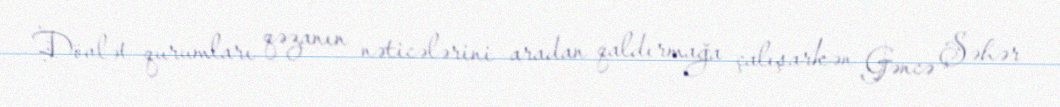
Dövlət qurumları qəzanın nəticələrini aradan qaldırmağa çalışarkən Gəncə Şəhər